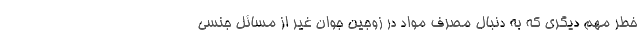
خطر مهم دیگری که به دنبال مصرف مواد در زوجین جوان غیر از مسائل جنسی